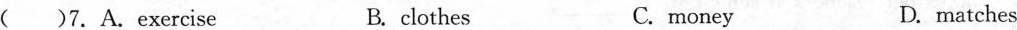
( )7.A.exercise B.clothes C.money D.matches